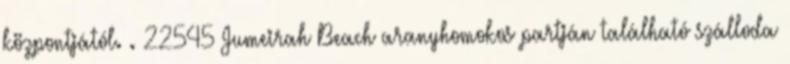
központjától. . 22545 Jumeirah Beach aranyhomokos partján található szálloda